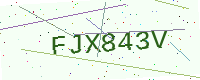
Text: FJX843V